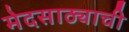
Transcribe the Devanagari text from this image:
मेदसाठ्याची